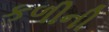
કળીની